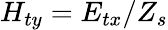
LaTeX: H_{ty}=E_{tx}/Z_{s}